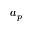
a _ { p }